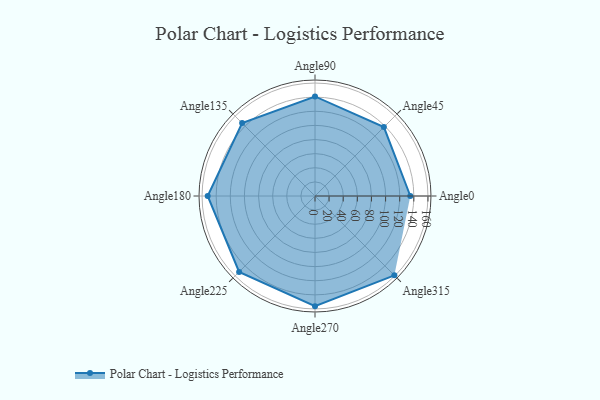
{"axis": {"x": "Angle", "y": "Radius"}, "legend": [""], "data": [{"x": "Angle0", "y": 135.0, "type": ""}, {"x": "Angle45", "y": 138.0, "type": ""}, {"x": "Angle90", "y": 141.0, "type": ""}, {"x": "Angle135", "y": 146.0, "type": ""}, {"x": "Angle180", "y": 152.0, "type": ""}, {"x": "Angle225", "y": 152.0, "type": ""}, {"x": "Angle270", "y": 156.0, "type": ""}, {"x": "Angle315", "y": 159.0, "type": ""}]}